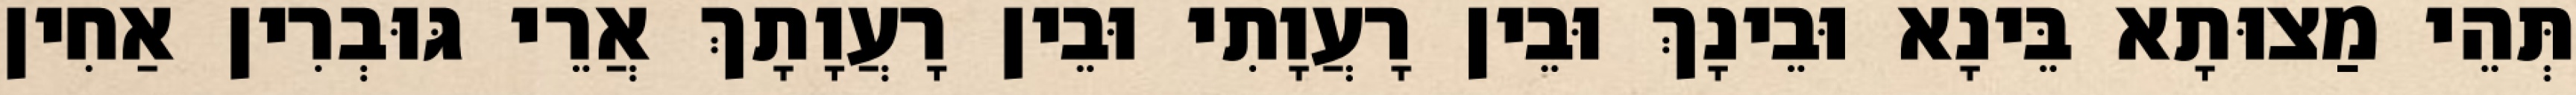
תְּהֵי מַצוּתָא בֵּינָא וּבֵינָךְ וּבֵין רָעֲוָתִי וּבֵין רָעֲוָתָךְ אֲרֵי גּוּבְרִין אַחִין